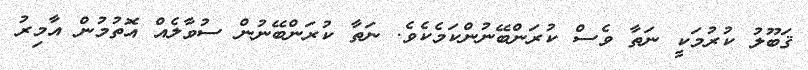
ޤަބޫލު ކުރުމަކީ ނަތާ ވެސް ކުރަންބޭނުންކަމެކެވެ. ނަތާ ކުރަންބޭނުން ސުވާލެއް އޮތުމުން އާމިރު